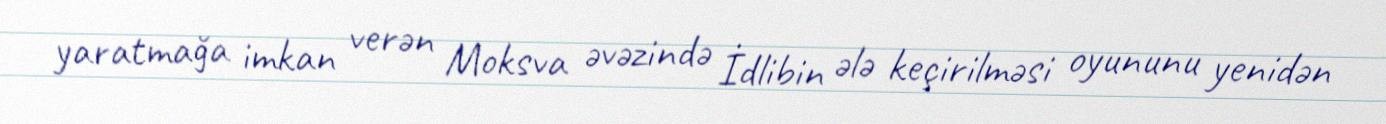
yaratmağa imkan verən Moksva əvəzində İdlibin ələ keçirilməsi oyununu yenidən